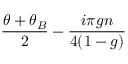
\frac { \theta + \theta _ { B } } { 2 } - \frac { i \pi g n } { 4 ( 1 - g ) }